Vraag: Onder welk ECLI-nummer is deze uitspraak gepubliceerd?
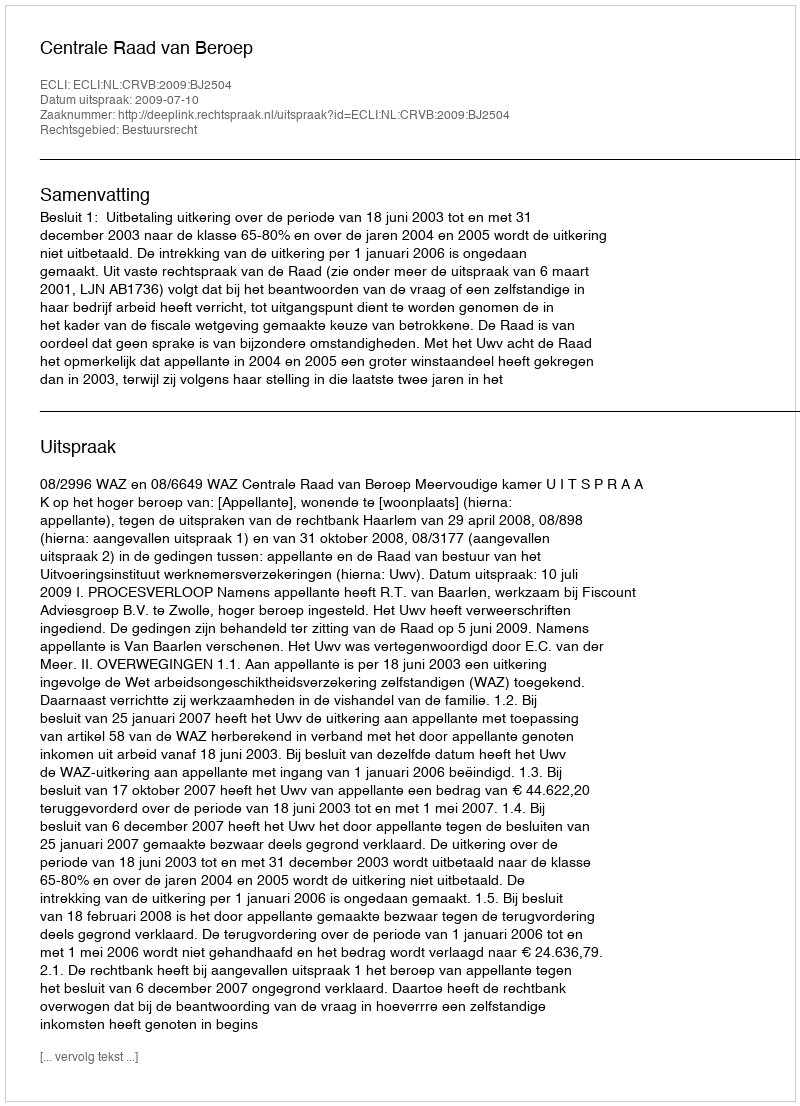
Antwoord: ECLI:NL:CRVB:2009:BJ2504